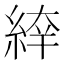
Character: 𦁑